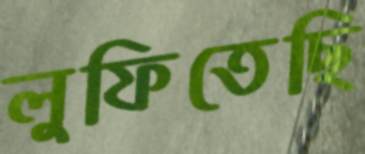
লুফিতেছি